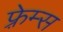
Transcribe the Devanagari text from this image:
फ़्रेम्स